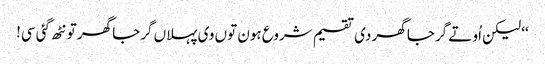
‘‘ لیکن اُو تے گرجا گھر دی تقسیم شروع ہون توں وی پہلاں گرجا گھر تو نٹھ گئی سی!